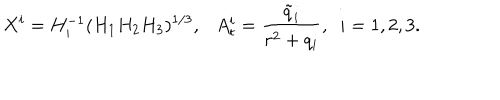
X ^ { i } = H _ { i } ^ { - 1 } ( H _ { 1 } H _ { 2 } H _ { 3 } ) ^ { 1 / 3 } , \ \ \ A _ { t } ^ { i } = \frac { \tilde { q } _ { i } } { r ^ { 2 } + q _ { i } } , \ \ i = 1 , 2 , 3 .